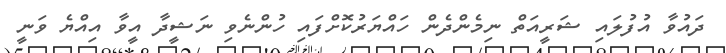
ދައުވާ އުފުލައި ޝަރީއަތް ނިމެންދެން ހައްޔަރުކޮށްފައި ހުންނެވި ނަޝީދާ އީވާ އިއްޔެ ވަނީ